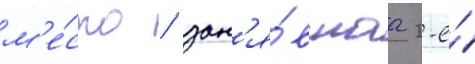
м'е́сто / зан'я́вшаа 2-е́